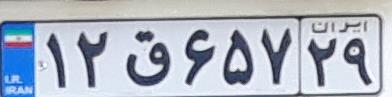
۱۲ق۶۵۷۲۹